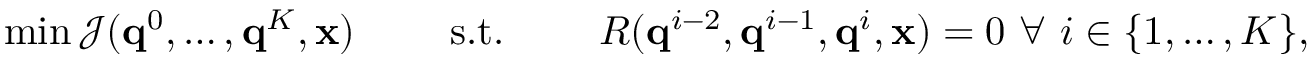
\operatorname* { m i n } \mathcal { J } ( \mathbf { q } ^ { 0 } , \dots , \mathbf { q } ^ { K } , \ensuremath { \mathbf { x } } ) \ \qquad \mathrm { s . t . } \qquad \ R ( \mathbf { q } ^ { i - 2 } , \mathbf { q } ^ { i - 1 } , \mathbf { q } ^ { i } , \ensuremath { \mathbf { x } } ) = 0 \ \forall \ i \in \{ 1 , \dots , K \} ,